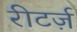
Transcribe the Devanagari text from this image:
रीटर्ज़